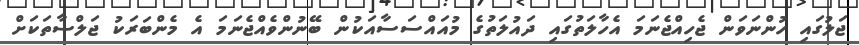
ޖަލުގައި ހުންނަވަން ޖެހިއްޖެނަމަ އެހާލަތުގައި ދައުލަތުގެ މުއައްސަސާއަކުން ބޭނުންވެއްޖެނަމަ އެ މެންބަރަކު ޖަލްސާތަކަށް